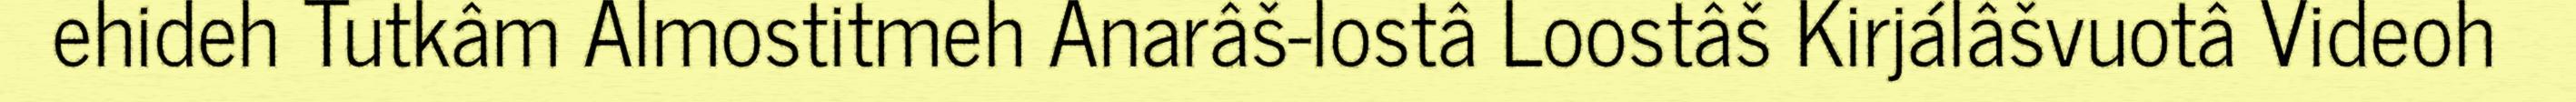
ehideh Tutkâm Almostitmeh Anarâš-lostâ Loostâš Kirjálâšvuotâ Videoh